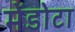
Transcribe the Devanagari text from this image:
मेंडोटा